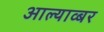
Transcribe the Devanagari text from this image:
आल्याव्बर